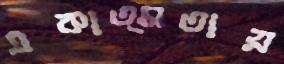
একাত্মতায়